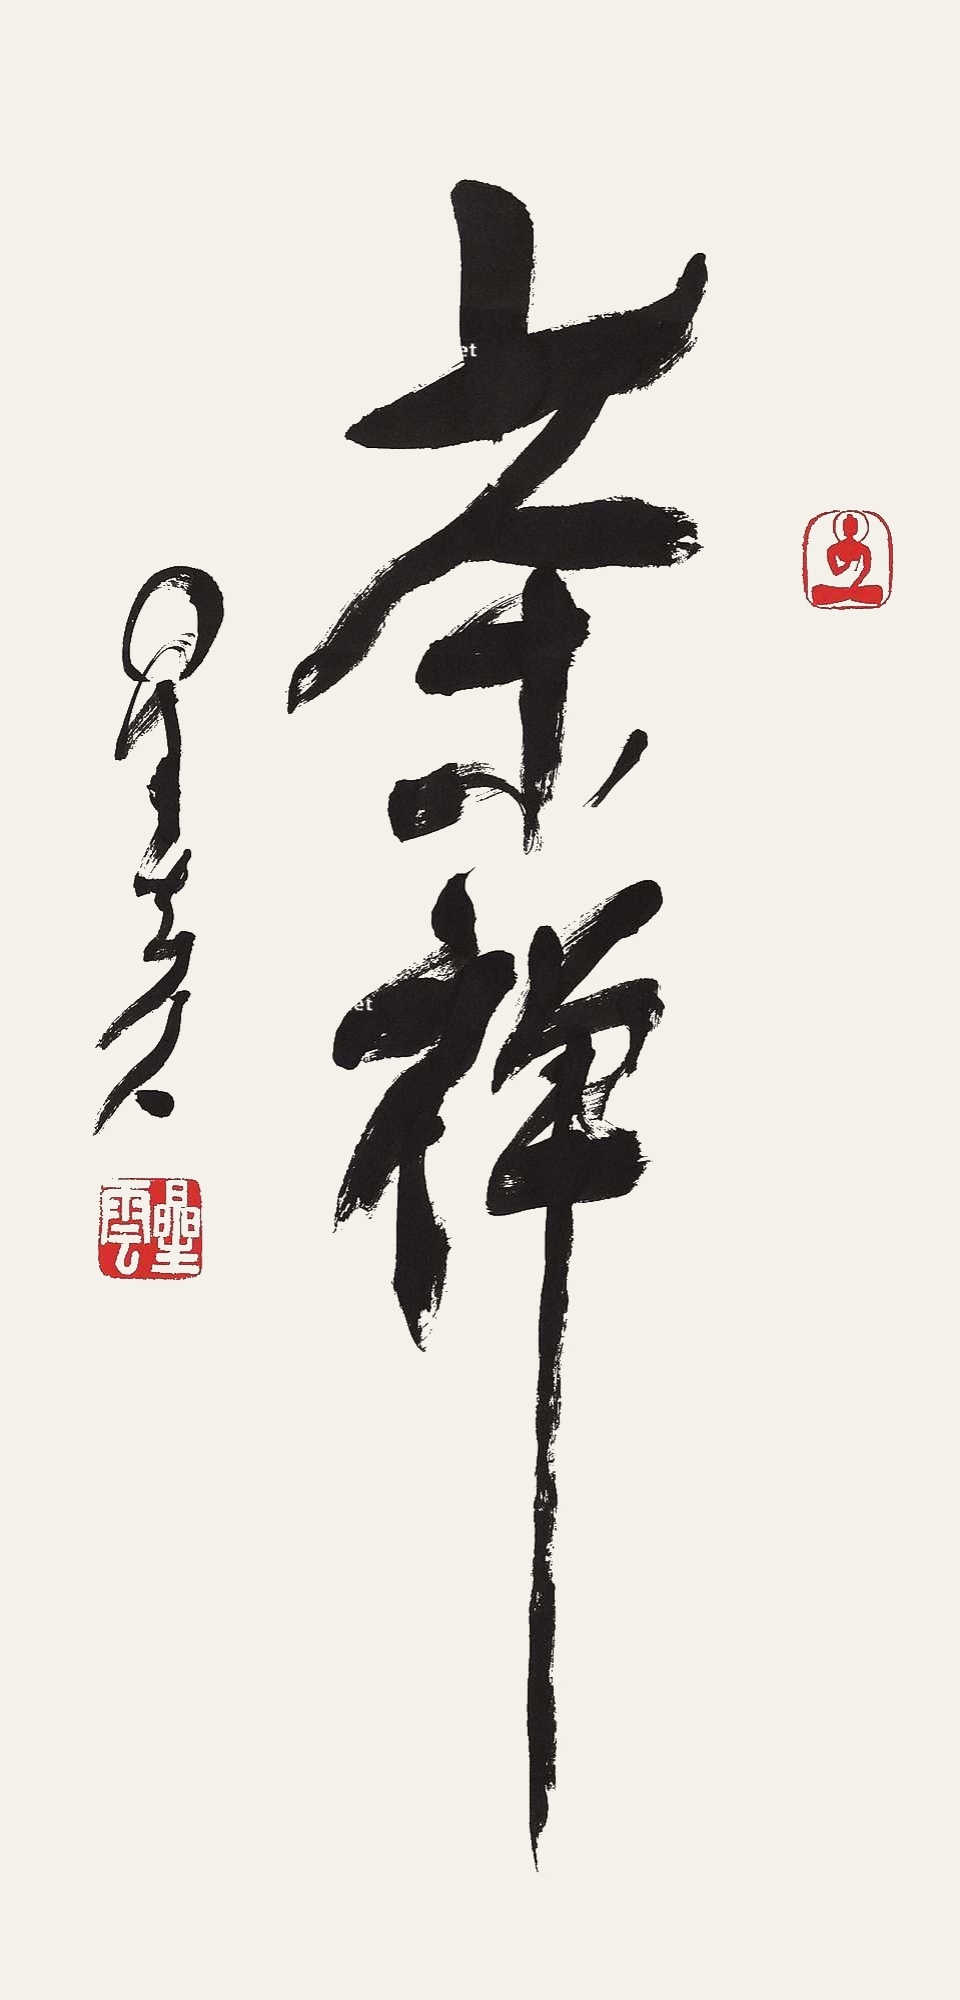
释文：茶禅星云八八